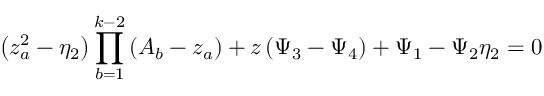
\left( z _ { a } ^ { 2 } - \eta _ { 2 } \right) \prod _ { b = 1 } ^ { k - 2 } \left( A _ { b } - z _ { a } \right) + z \left( \Psi _ { 3 } - \Psi _ { 4 } \right) + \Psi _ { 1 } - \Psi _ { 2 } \eta _ { 2 } = 0